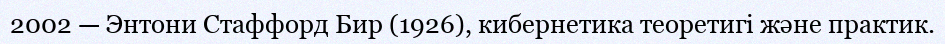
2002 — Энтони Стаффорд Бир (1926), кибернетика теоретигі және практик.